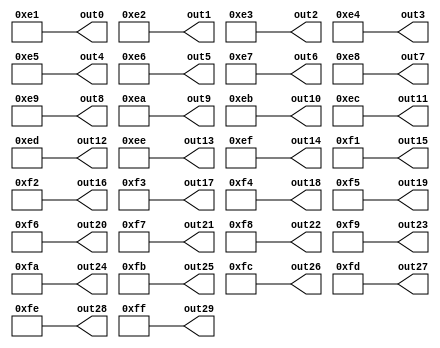
module gerador (out0, out1, out2, out3, out4, out5, out6, out7, out8, out9, out10, out11, out12, out13, out14, out15, out16, out17, out18, out19, out20, out21, out22, out23, out24, out25,  out26, out27, out28, out29);

output wire [7:0] out0;
output wire [7:0] out1;
output wire [7:0] out2;
output wire [7:0] out3;
output wire [7:0] out4;
output wire [7:0] out5;
output wire [7:0] out6;
output wire [7:0] out7;
output wire [7:0] out8;
output wire [7:0] out9;
output wire [7:0] out10;
output wire [7:0] out11;
output wire [7:0] out12;
output wire [7:0] out13;
output wire [7:0] out14;
output wire [7:0] out15;
output wire [7:0] out16;
output wire [7:0] out17;
output wire [7:0] out18;
output wire [7:0] out19;
output wire [7:0] out20;
output wire [7:0] out21;
output wire [7:0] out22;
output wire [7:0] out23;
output wire [7:0] out24;
output wire [7:0] out25;
output wire [7:0] out26;
output wire [7:0] out27;
output wire [7:0] out28;
output wire [7:0] out29;

reg [7:0] teste0;
reg [7:0] teste1;
reg [7:0] teste2;
reg [7:0] teste3;
reg [7:0] teste4;
reg [7:0] teste5;
reg [7:0] teste6;
reg [7:0] teste7;
reg [7:0] teste8;
reg [7:0] teste9;
reg [7:0] teste10;
reg [7:0] teste11;
reg [7:0] teste12;
reg [7:0] teste13;
reg [7:0] teste14;
reg [7:0] teste15;
reg [7:0] teste16;
reg [7:0] teste17;
reg [7:0] teste18;
reg [7:0] teste19;
reg [7:0] teste20;
reg [7:0] teste21;
reg [7:0] teste22;
reg [7:0] teste23;
reg [7:0] teste24;
reg [7:0] teste25;
reg [7:0] teste26;
reg [7:0] teste27;
reg [7:0] teste28;
reg [7:0] teste29;


initial begin

    teste0 = 8'he1;
    teste1 = 8'he2;
    teste2 = 8'he3;
    teste3 = 8'he4;
    teste4 = 8'he5;
    teste5 = 8'he6;
    teste6 = 8'he7;
    teste7 = 8'he8;
    teste8 = 8'he9;
    teste9 = 8'hea;
    teste10 = 8'heb;
    teste11 = 8'hec;
    teste12 = 8'hed;
    teste13 = 8'hee;
    teste14 = 8'hef;
    teste15 = 8'hf1;
    teste16 = 8'hf2;
    teste17 = 8'hf3;
    teste18 = 8'hf4;
    teste19 = 8'hf5;
    teste20 = 8'hf6;
    teste21 = 8'hf7;
    teste22 = 8'hf8;
    teste23 = 8'hf9;
    teste24 = 8'hfa;
    teste25 = 8'hfb;
    teste26 = 8'hfc;
    teste27 = 8'hfd;
    teste28 = 8'hfe;
    teste29 = 8'hff;

end

assign out0 = teste0;
assign out1 = teste1;
assign out2 = teste2;
assign out3 = teste3;
assign out4 = teste4;
assign out5 = teste5;
assign out6 = teste6;
assign out7 = teste7;
assign out8 = teste8;
assign out9 = teste9;
assign out10 = teste10;
assign out11 = teste11;
assign out12 = teste12;
assign out13 = teste13;
assign out14 = teste14;
assign out15 = teste15;
assign out16 = teste16;
assign out17 = teste17;
assign out18 = teste18;
assign out19 = teste19;
assign out20 = teste20;
assign out21 = teste21;
assign out22 = teste22;
assign out23 = teste23;
assign out24 = teste24;
assign out25 = teste25;
assign out26 = teste26;
assign out27 = teste27;
assign out28 = teste28;
assign out29 = teste29;


endmodule